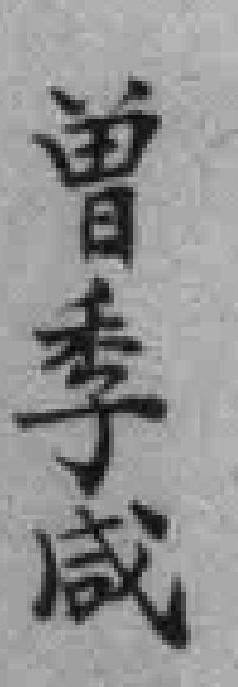
曾季咸